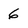
Character: 6